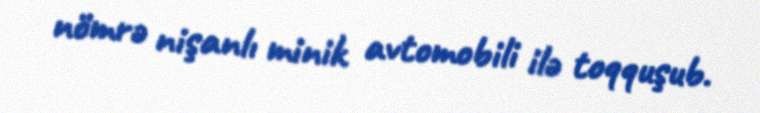
nömrə nişanlı minik avtomobili ilə toqquşub.